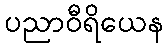
ပညာဝီရိယေန